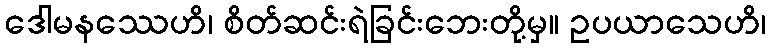
ဒေါမနဿေဟိ၊ စိတ်ဆင်းရဲခြင်းဘေးတို့မှ။ ဥပယာသေဟိ၊